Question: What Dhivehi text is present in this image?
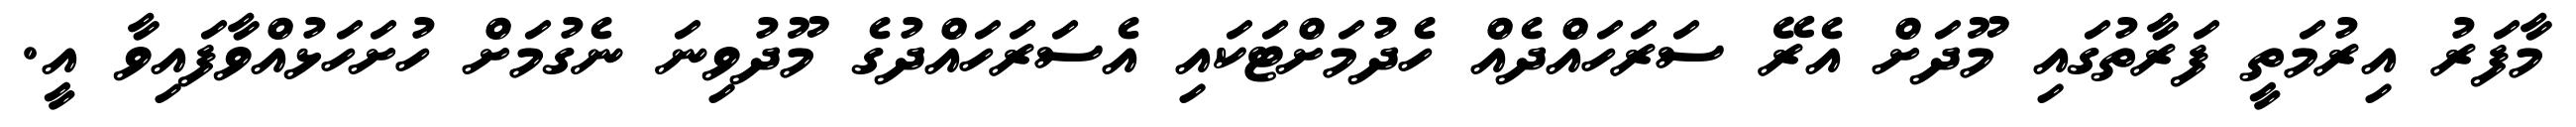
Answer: މާފަރު އިރުމަތީ ފަރާތުގައި މޫދަށް އެރޭ ސަރަހައްދެއް ހެދުމަށްޓަކައި އެސަރަހައްދުގެ މޫދުވިނަ ނެގުމަށް ހުށަހަޅުއްވާފައިވާ އީ.